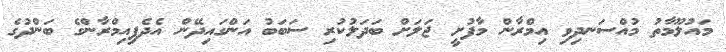
މައުލޫމާތު މުއްސަނދިވި އިމްރާން މާފުށީ ޖަލަށް ބަދަލުކުރި ސަބަބު އަންގައިދޭން އެދެފިއިމްރާންގެ ބަންދުގެ